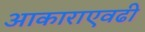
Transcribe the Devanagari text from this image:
आकाराएवढी